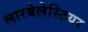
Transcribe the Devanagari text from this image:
लारबेलेस्टियर